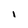
Character: I